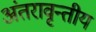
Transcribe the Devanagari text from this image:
अंतरावृन्तीय